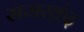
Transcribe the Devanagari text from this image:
समरक़ंद